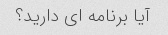
آیا برنامه ای دارید؟